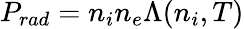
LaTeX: P_{rad}=n_{i}n_{e}\Lambda(n_{i},T)